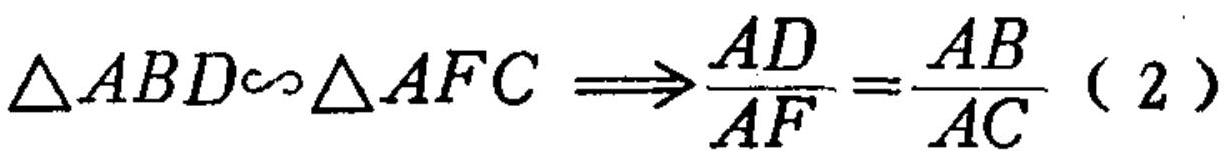
\(\triangle ABD\sim\triangle AFC\Longrightarrow\frac{AD}{AF}=\frac{AB}{AC}(2)\)